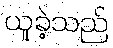
ယူခဲ့သည်